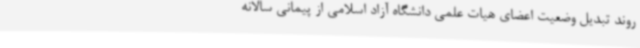
روند تبدیل وضعیت اعضای هیات علمی دانشگاه آزاد اسلامی از پیمانی سالانه